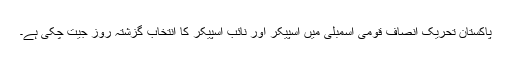
پاکستان تحریکِ انصاف قومی اسمبلی میں اسپیکر اور نائب اسپیکر کا انتخاب گزشتہ روز جیت چکی ہے۔